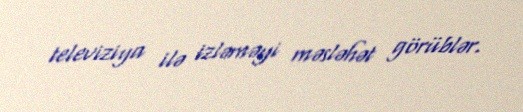
televiziya ilə izləməyi məsləhət görüblər.